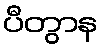
ပီတွာန